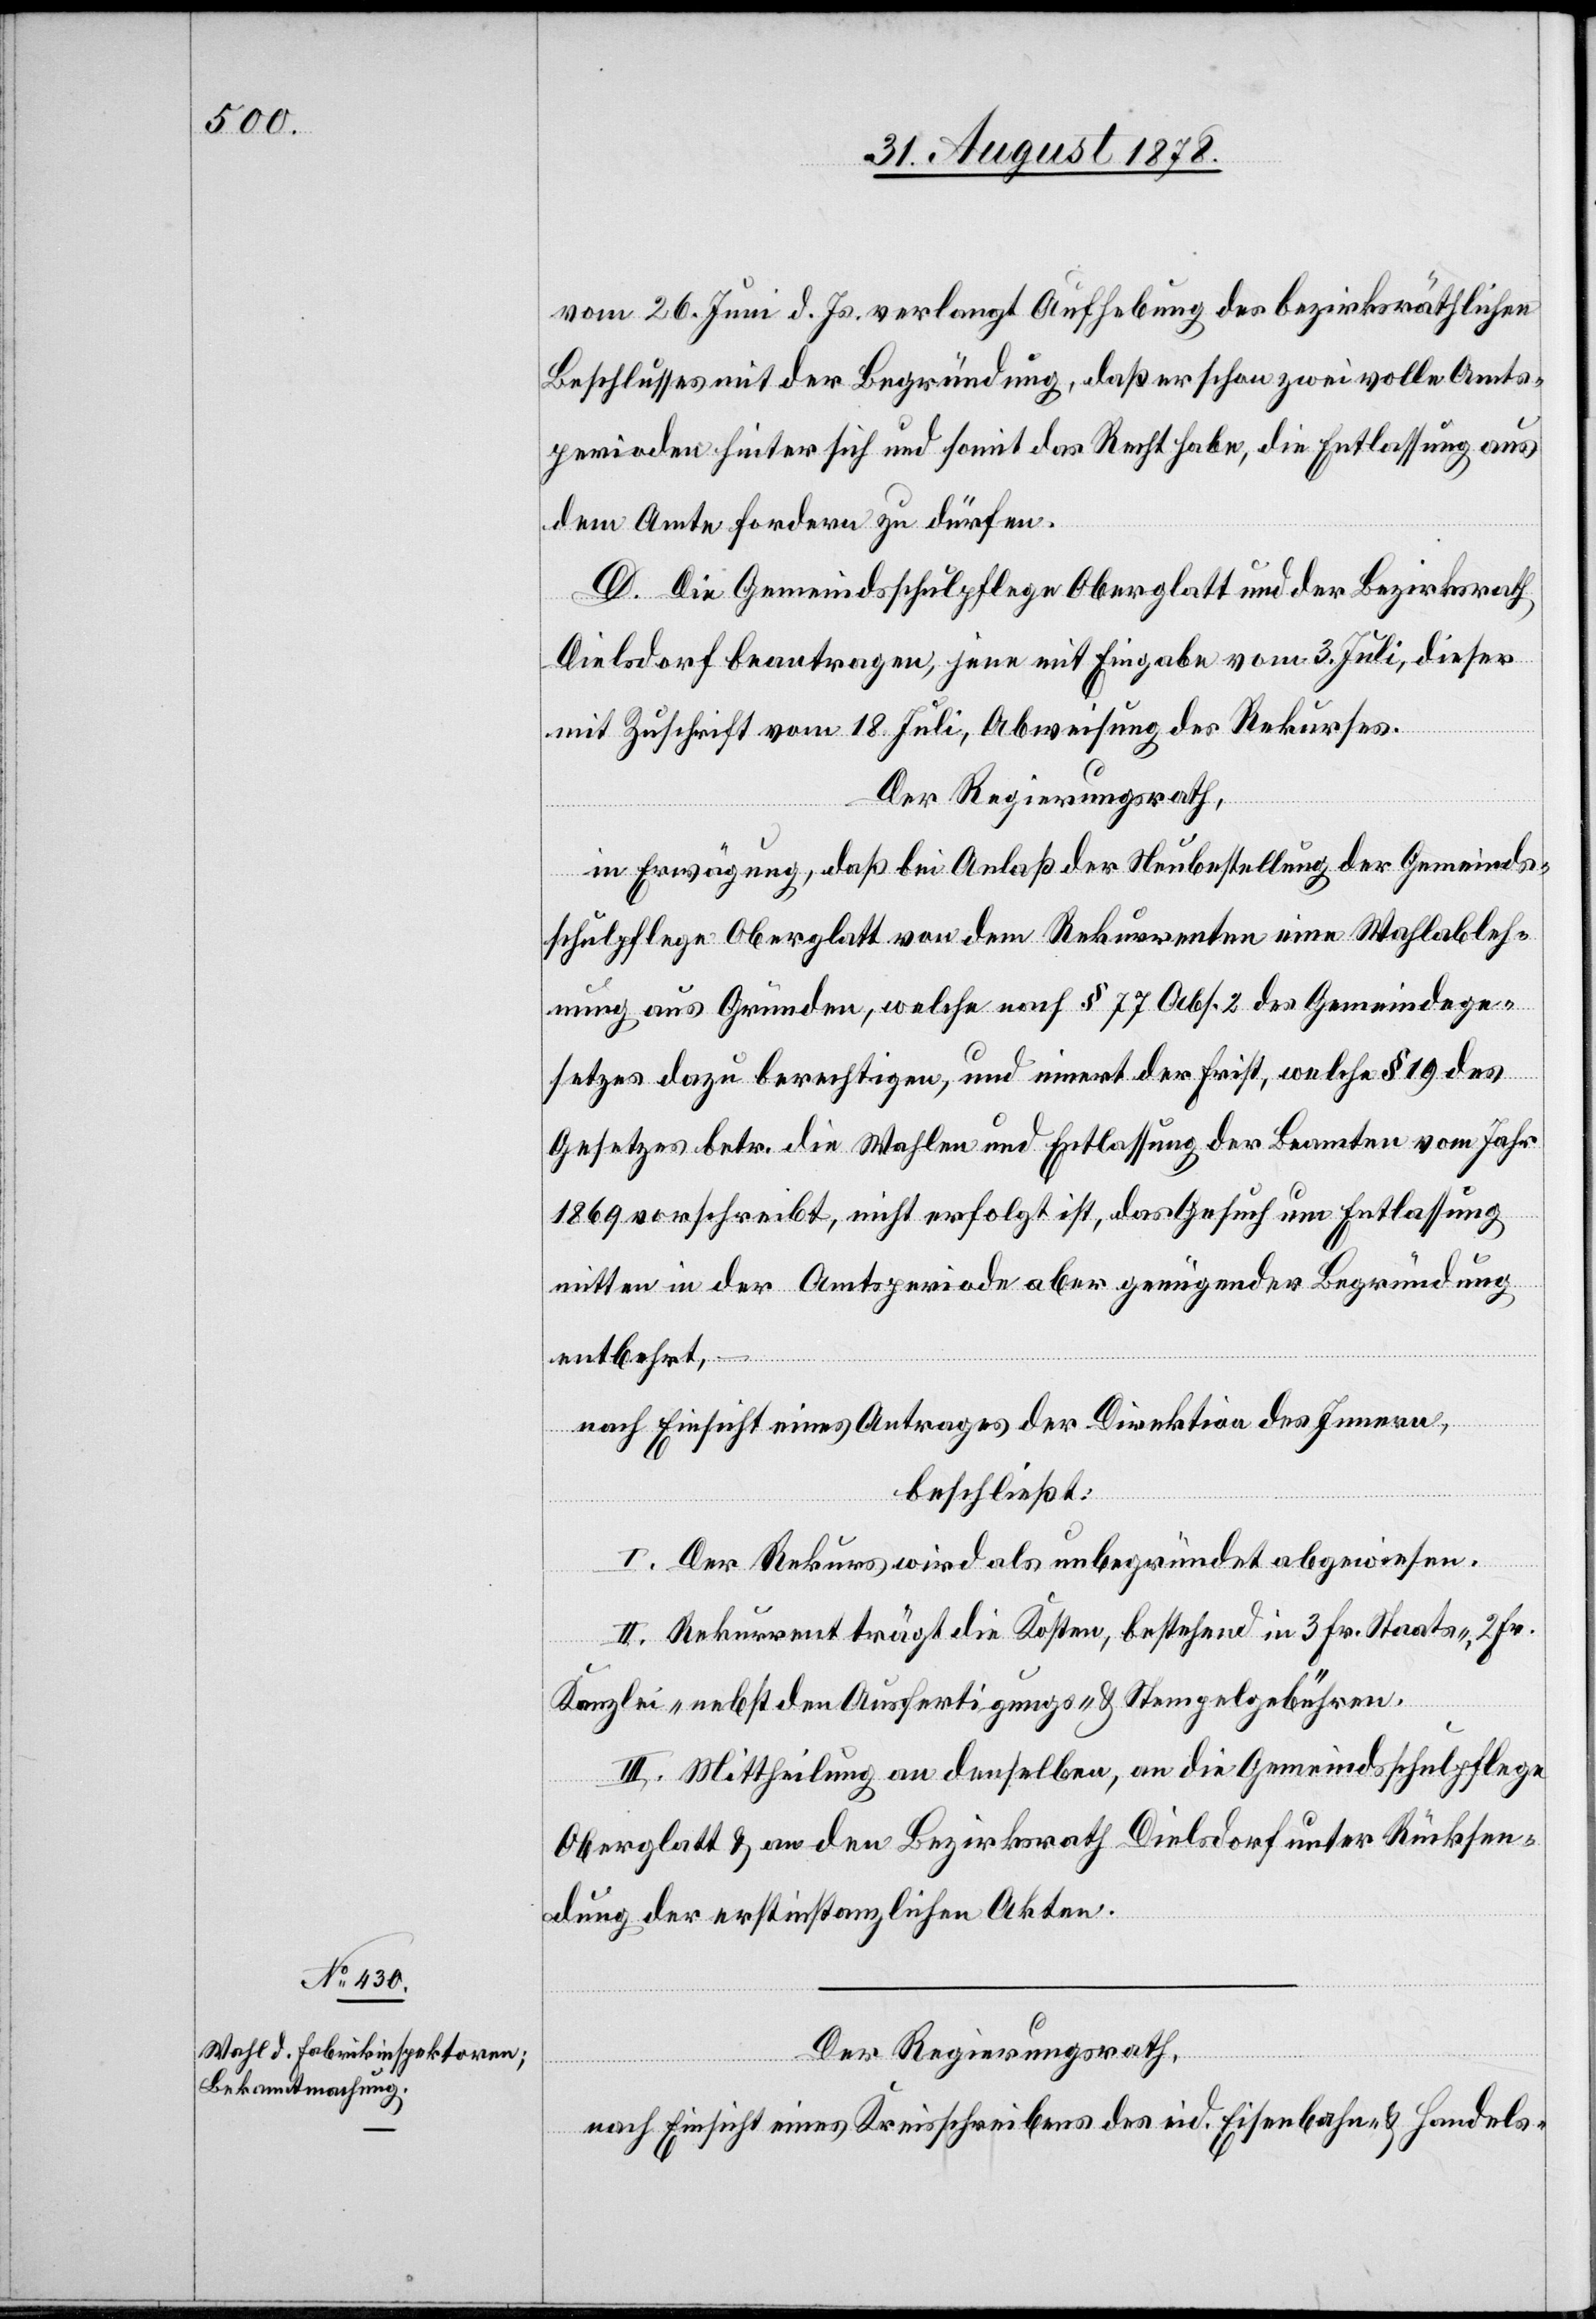
vom 26. Juni d. Js. [und] verlangt Aufhebung des bezirksräthlichen
Beschlusses mit der Begründung, daß er schon zwei volle Amts¬
perioden hinter sich und somit das Recht habe, die Entlassung aus
dem Amte fordern zu dürfen.
D. Die Gemeindsschulpflege Oberglatt und der Bezirksrath
Dielsdorf beantragen, jene mit Eingabe vom 3. Juli, dieser
mit Zuschrift vom 18. Juli, Abweisung des Rekurses.
Der Regierungsrath,
in Erwägung, daß bei Anlaß der Neubestellung der Gemeinds¬
schulpflege Oberglatt von dem Rekurrenten eine Wahlableh¬
nung aus Gründen, welche nach § 77 Abs. 2 des Gemeindege¬
setzes dazu berechtigen, und innert der Frist, welche § 19 des
Gesetzes betr. die Wahlen und Entlassung der Beamten vom Jahr
1869 vorschreibt, nicht erfolgt ist, das Gesuch um Entlassung
mitten in der Amtsperiode aber genügender Begründung
entbehrt,
nach Einsicht eines Antrages der Direktion des Innern,
beschließt:
I. Der Rekurs wird als unbegründet abgewiesen.
II. Rekurrent trägt die Kosten, bestehend in 3 Fr. Staats-. 2 Fr.
Kanzlei- nebst den Ausfertigungs- und Stempelgebühren.
III. Mittheilung an denselben, an die Gemeindsschulpflege
Oberglatt & an den Bezirksrath Dielsdorf unter Rücksen¬
dung der erstinstanzlichen Akten.
Der Regierungsrath,
nach Einsicht eines Kreisschreibens des eid. Eisenbahn- & Handels-